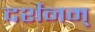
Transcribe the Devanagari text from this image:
दर्शनम्‌